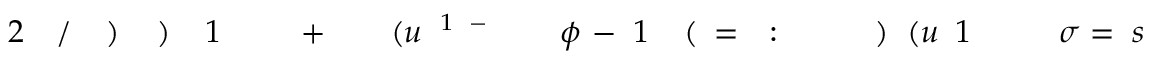
s \! \! \! \! \! \! \! \! \! \! \! \! = \! \! \! \! \! \! \! \! \! \! \! \! \sigma \! \! \! \! \! \! \! \! \! \! \! \! _ { \! } \! \! \! \! \! \! \! \! \! \! \! 1 \! \! \! \! \! \! \! \! \! \! \! \! ( u \! \! \! \! \! \! \! \! \! \! \! \! ) \! \! \! \! \! \! \! \! \! \! \! \! \! \! \! \! \! \! \! \! \! \! \! \! : \! \! \! \! \! \! \! \! \! \! \! \! = \! \! \! \! \! \! \! \! \! \! \! \! ( \! \! \! \! \! \! \! \! \! \! \! \! 1 \! \! \! \! \! \! \! \! \! \! \! \! - \! \! \! \! \! \! \! \! \! \! \! \! \phi \! \! \! \! \! \! \! \! \! \! \! \! ^ { \! \! \! \! \! \! \! \! \! \! \! \! - \! \! \! \! \! \! \! \! \! \! \! \! 1 } \! \! \! \! \! \! \! \! \! \! \! \! ( u \! \! \! \! \! \! \! \! \! \! \! \! \! \! \! \! \! \! \! \! \! \! \! \! + \! \! \! \! \! \! \! \! \! \! \! \! \! \! \! \! \! \! \! \! \! \! \! \! 1 \! \! \! \! \! \! \! \! \! \! \! \! ) \! \! \! \! \! \! \! \! \! \! \! \! ) \! \! \! \! \! \! \! \! \! \! \! \! / \! \! \! \! \! \! \! \! \! \! \! \! 2 \! \! \! \! \! \! \! \! \! \! \!